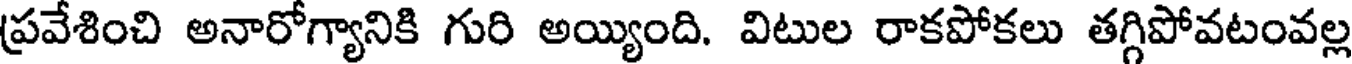
ప్రవేశించి అనారోగ్యానికి గురి అయ్యింది. విటుల రాకపోకలు తగ్గిపోవటంవల్ల